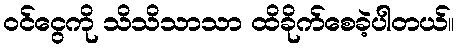
ဝင်ငွေကို သိသိသာသာ ထိခိုက်စေခဲ့ပါတယ်။